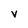
Character: y